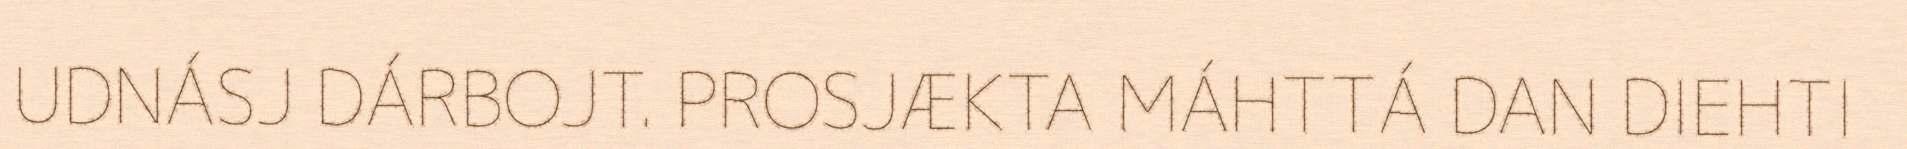
UDNÁSJ DÁRBOJT. PROSJÆKTA MÁHTTÁ DAN DIEHTI